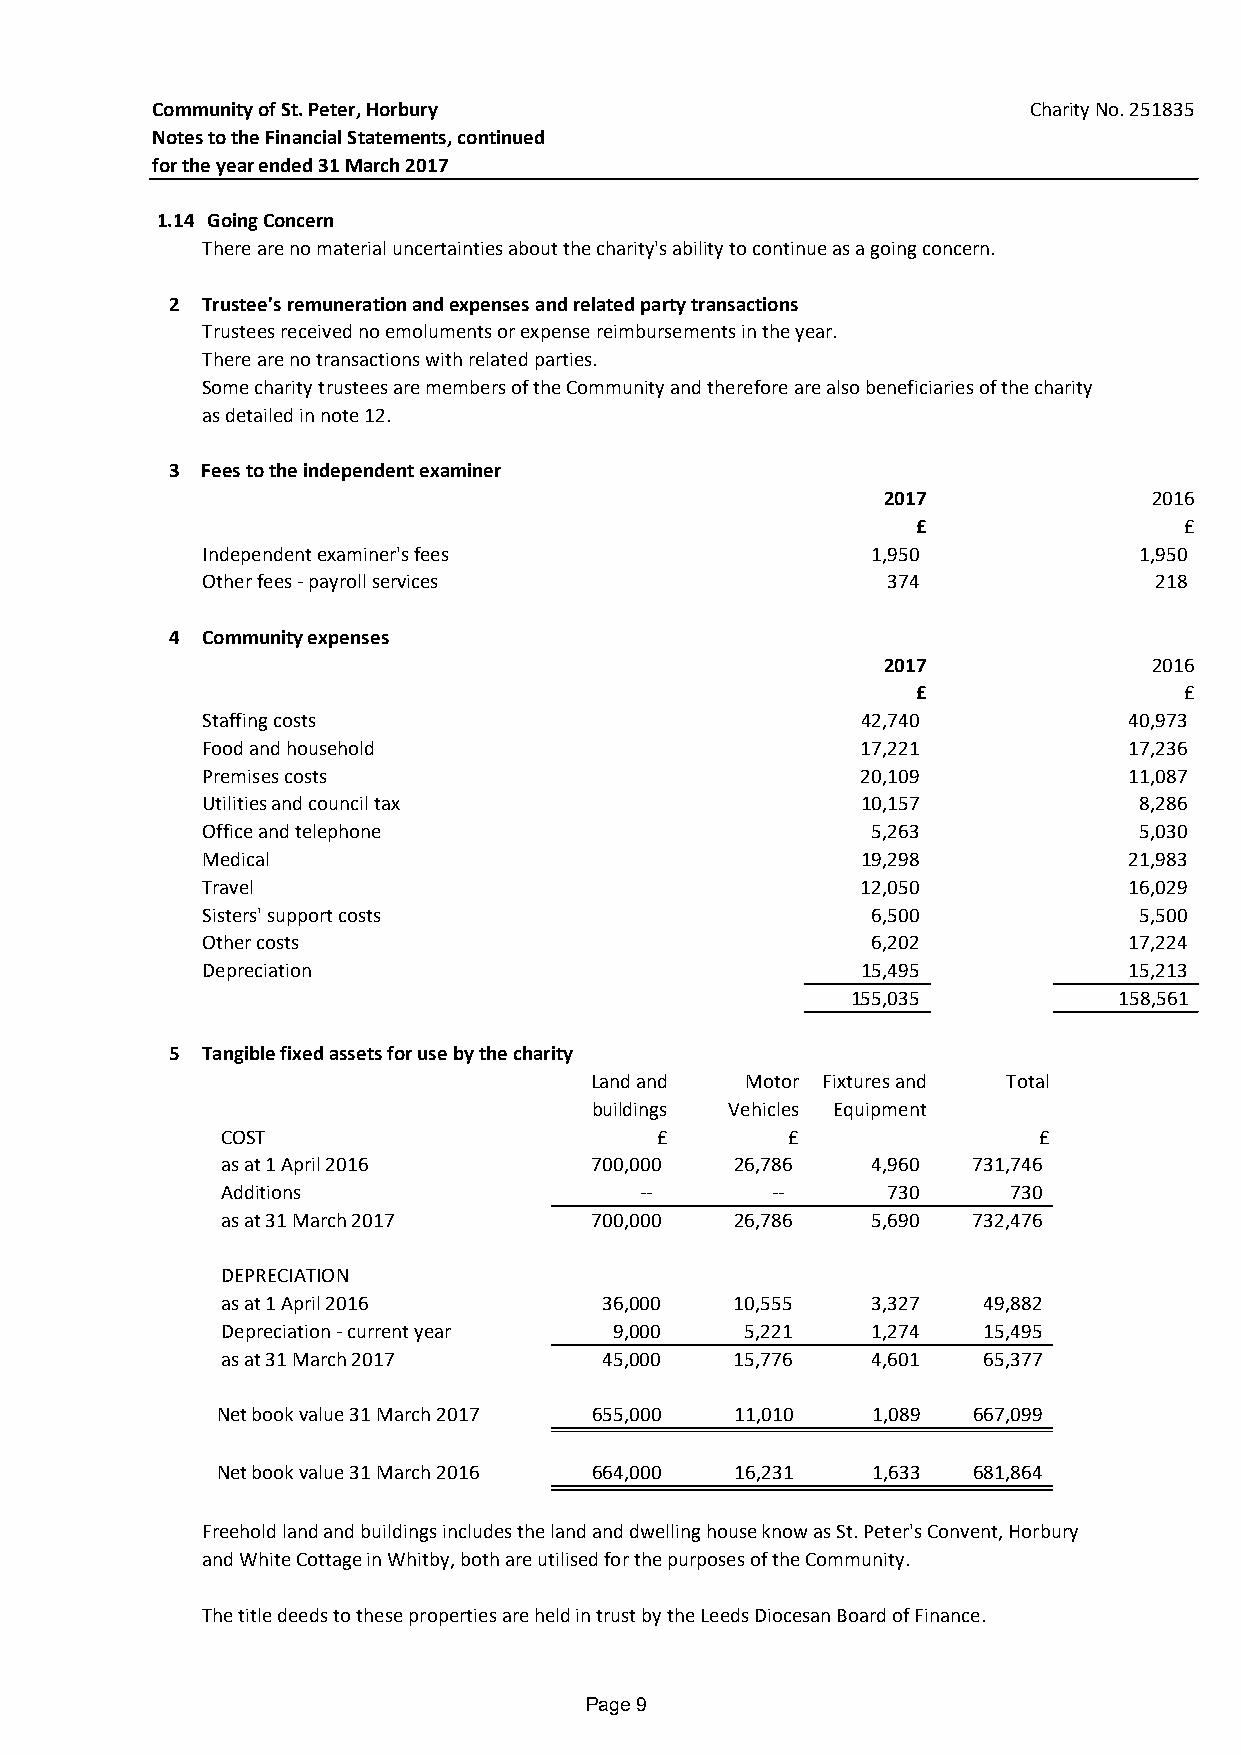
Community of St. Peter, Horbury                           Charity No. 251835
 Notes to the Financial Statements, continued
 for the year ended 31 March 2017
 1.14 Going Concern
 There are no material uncertainties about the charity's ability to continue as a going concern.
 2 Trustee's remuneration and expenses and related party transactions
 Trustees received no emoluments or expense reimbursements in the year.
 There are no transactions with related parties.
 Some charity trustees are members of the Community and therefore are also beneficiaries of the charity
 as detailed in note 12.
 3 Fees to the independent examiner
 2017              2016
 £                £
 Independent examiner's fees                  1,950            1,950
 Other fees - payroll services                 374              218
 4 Community expenses
 2017              2016
 £                £
 Staffing costs                              42,740            40,973
 Food and household                          17,221            17,236
 Premises costs                              20,109            11,087
 Utilities and council tax                   10,157            8,286
 Office and telephone                         5,263            5,030
 Medical                                     19,298            21,983
 Travel                                      12,050            16,029
 Sisters' support costs                       6,500            5,500
 Other costs                                  6,202            17,224
 Depreciation                                15,495            15,213
 155,035           158,561
 5 Tangible fixed assets for use by the charity
 Land and  Motor Fixtures and Total
 buildings Vehicles Equipment
 COST                         £       £                £
 as at 1 April 2016      700,000   26,786   4,960 731,746
 Additions                  --       --      730     730
 as at 31 March 2017     700,000   26,786   5,690 732,476
 DEPRECIATION
 as at 1 April 2016       36,000   10,555   3,327  49,882
 Depreciation - current year 9,000 5,221    1,274  15,495
 as at 31 March 2017      45,000   15,776   4,601  65,377
 Net book value 31 March 2017 655,000 11,010 1,089 667,099
 Net book value 31 March 2016 664,000 16,231 1,633 681,864
 Freehold land and buildings includes the land and dwelling house know as St. Peter's Convent, Horbury
 and White Cottage in Whitby, both are utilised for the purposes of the Community.
 The title deeds to these properties are held in trust by the Leeds Diocesan Board of Finance.
 Page 9